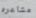
مشاعره